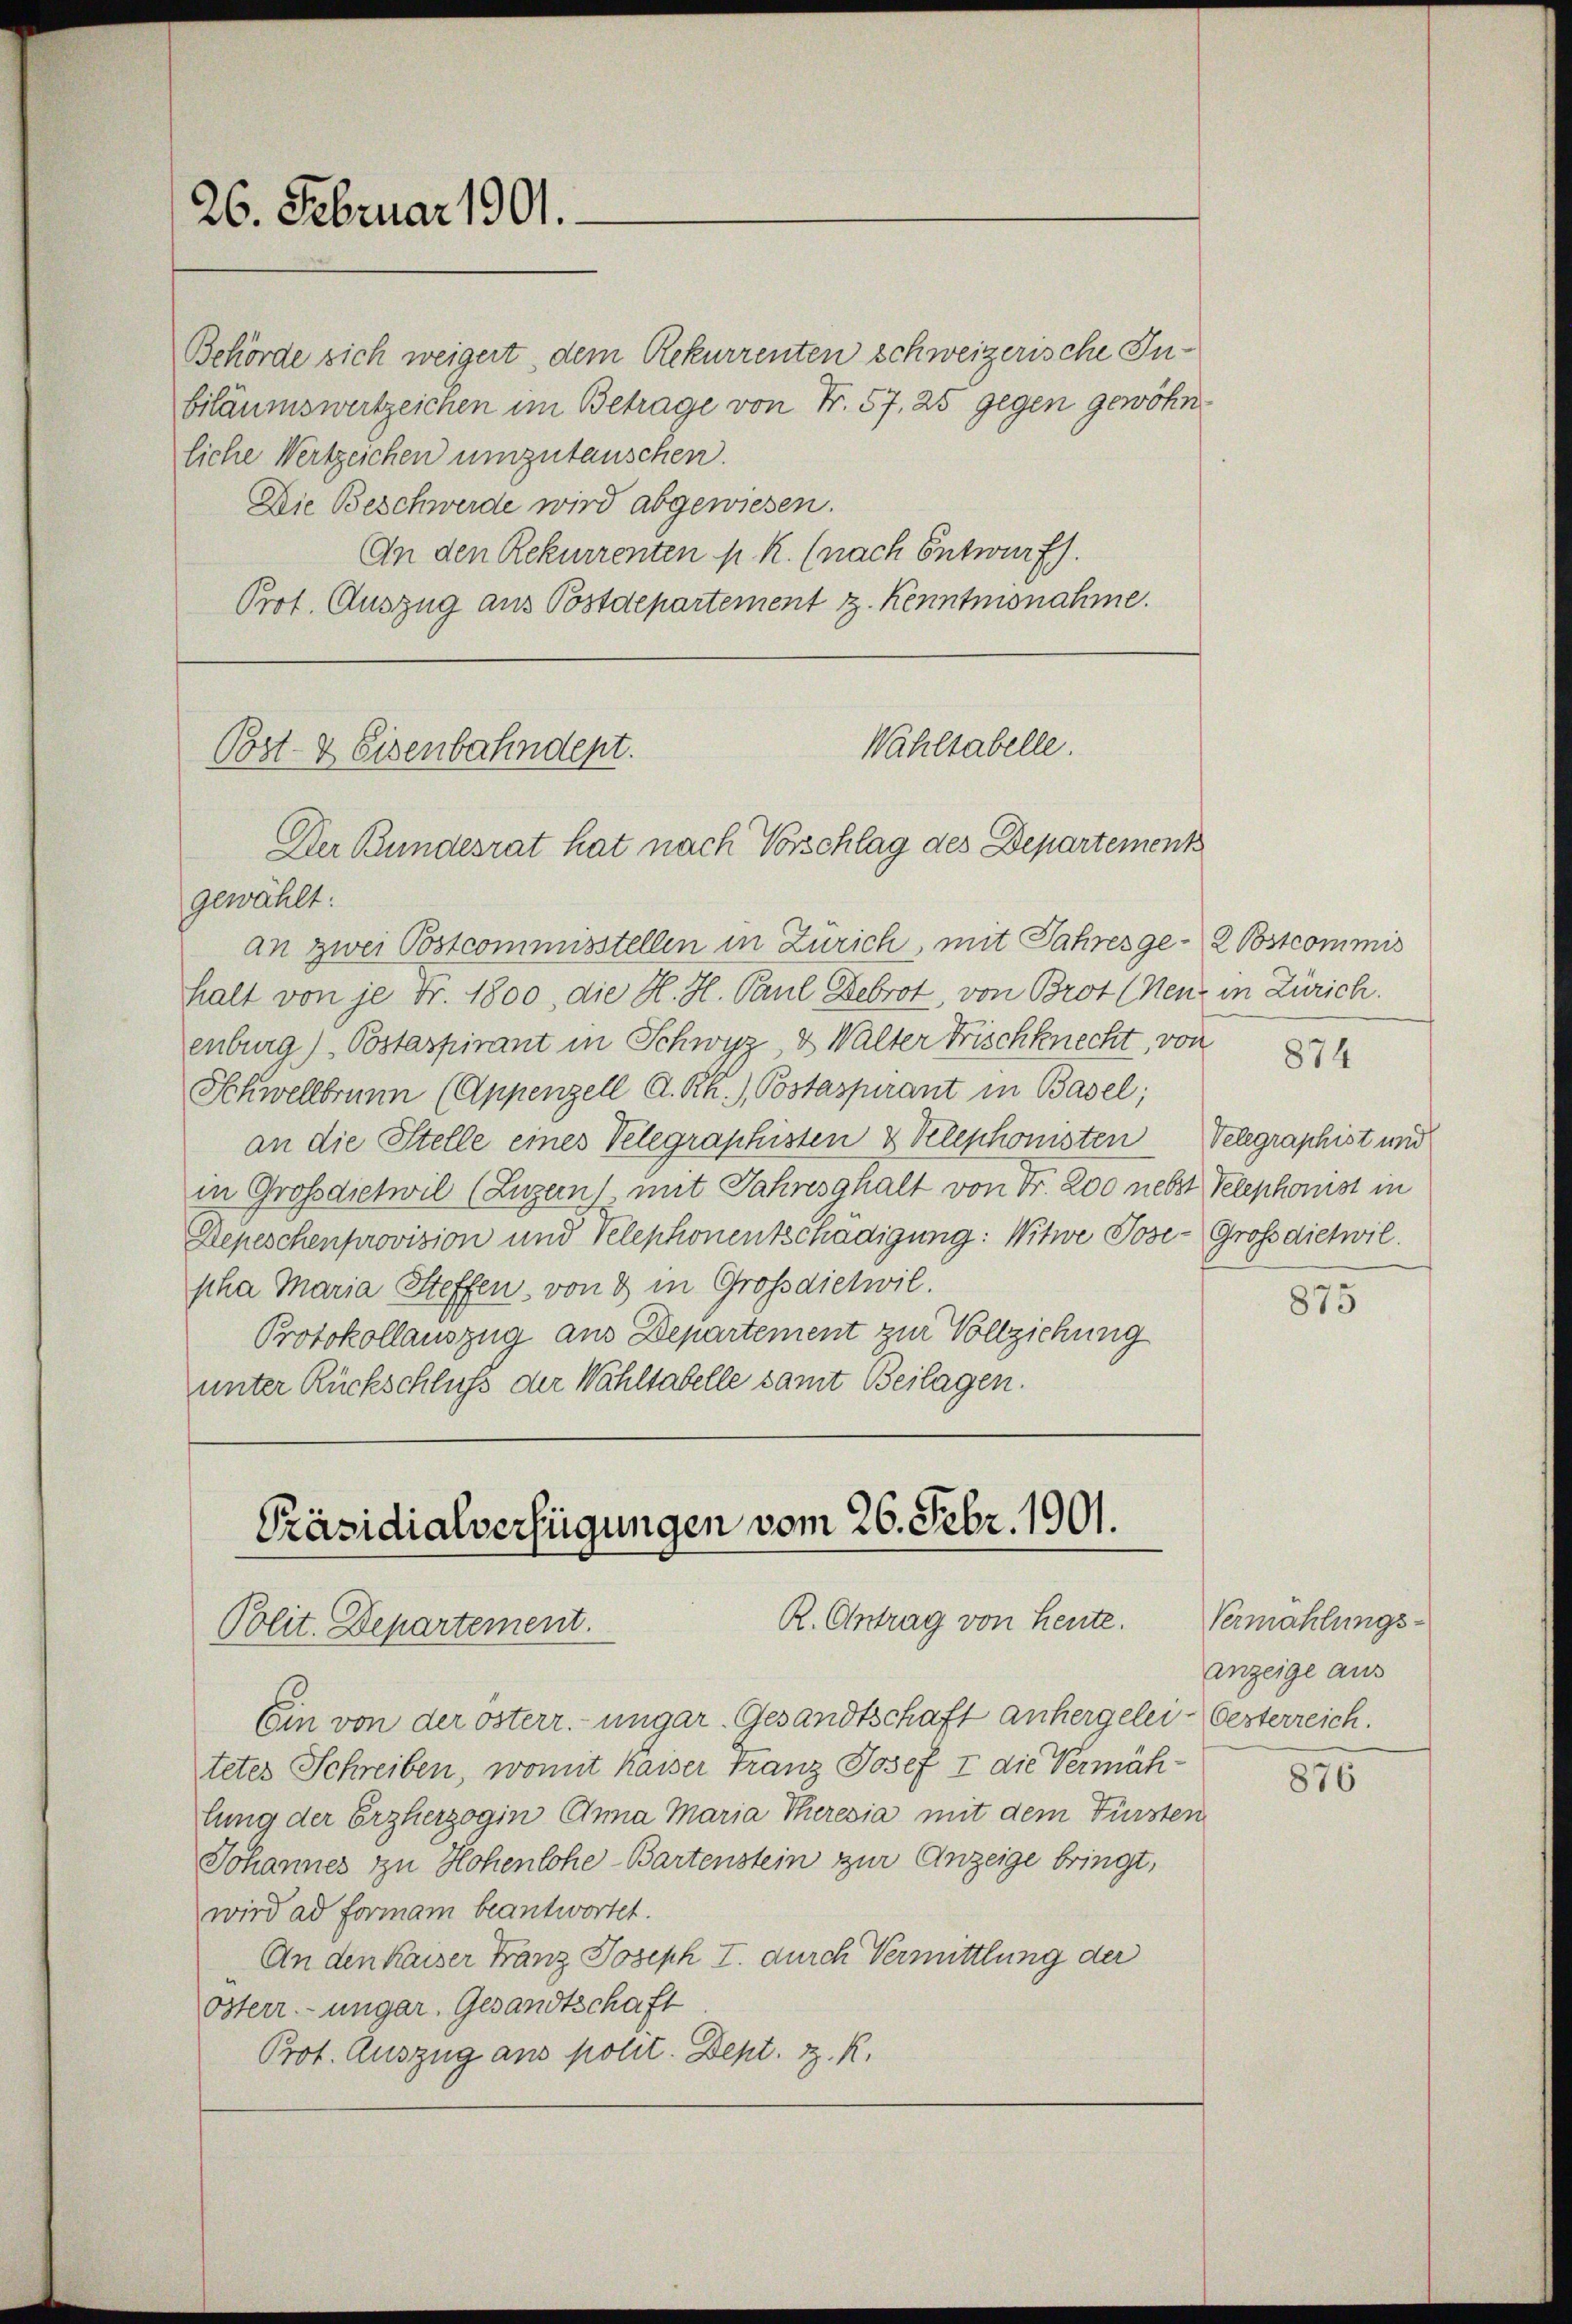
26. Februar 1901.

Behörde sich weigert, dem Rekurrenten schweizerische Inbiläumswertzeichen im Betrage von Fr. 57. 25 gegen gewöhnliche Wertzeichen umzutauschen.
Die Beschwerde wird abgewiesen.
An den Rekurrenten p. R. (nach Entwurf.
Prot. Auszug aus Postdepartement z. Kenntmonahme.

Wahltabelle.
Post- & Eisenbahndept.
Der Bundesrat hat nach Vorschlag des Departement

Präsidialverfügungen vom 26. Febr. 1901.
R. Antrag von Heute.
Polit. Departement.

gewählt:
an zwei Postcommisstellen in Zürich, mit Jahresge- 2 Postcommis
halt von je Fr. 1800, die H. H. Paul Debrot, von Brot (Neuz in Zürich.
enburg) Postaspirant in Schwyz, 2 Walter Frischknecht, von
Schwellbrunn (Appenzell A. Rh.) Postaspirant in Basel;
an die Stelle eines Velegraphisten & Velephonisten Velegraphist und
in Großdietwil (Luzern mit Jahresghalt von Fr. 200 nebst Telephonist in
Depeschenprovision und Telephonentschädigung: Witwe Jose-Großdietwil
pha Maria Steffen, von 3 in Großdietwil.
Protokollauszug aus Departement zur Vollziehung
unter Rückschluß der Wahltabelle samt Beilagen.

Ein von der österr. ungar. Gesandtschaft anhergelei- Oesterreich.
tetes Schreiben, womit kaiser Franz Josef I die Vermählung der Erzherzogin Anna Maria Theresia mit dem Fürsten
Johannes zu Hohenlohe-Bartenstein zur Anzeige bringt,
wird ad formam beantwortet.
An den Kaiser Franz Joseph I. durch Vermittlung der
Osterr. ungar. Gesandtschaft
Prot. Auszug aus polit. Dept. z. R.

874

875

Vermählungs-
anzeige aus

876